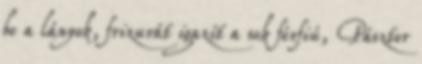
be a lányok, frizurát igazít a sok férfiú, Pásztor